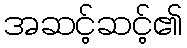
အဆင့်ဆင့်၏